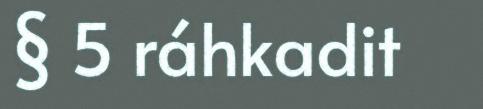
§ 5 ráhkadit